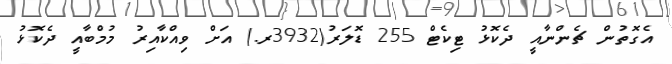
އެގޮތުން ޗެންނާއީ ދެކޮޅު ޓިކެޓް 255 ޑޮލަރު(3932ރ.) އަށް ވިއްކާއިރު މުމްބާއީ ދެކޮޅު